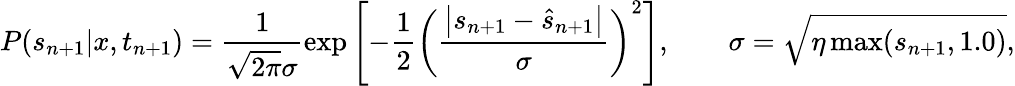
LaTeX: P(s_{n+1}|x,t_{n+1})=\frac{1}{\sqrt{2\pi}\sigma}\exp\left[-\frac{1}{2}\left(\frac{\left|s_{n+1}-\hat{s}_{n+1}\right|}{\sigma}\right)^{2}\right],\qquad\sigma=\sqrt{\eta\operatorname*{max}(s_{n+1},1.0)},